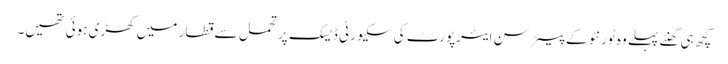
کچھ ہی گھنٹے پہلے وہ ٹورنٹو کے پیئرسن ایئرپورٹ کی سکیورٹی ڈیسک پر تحمل سے قطار میں کھڑی ہوئی تھیں۔